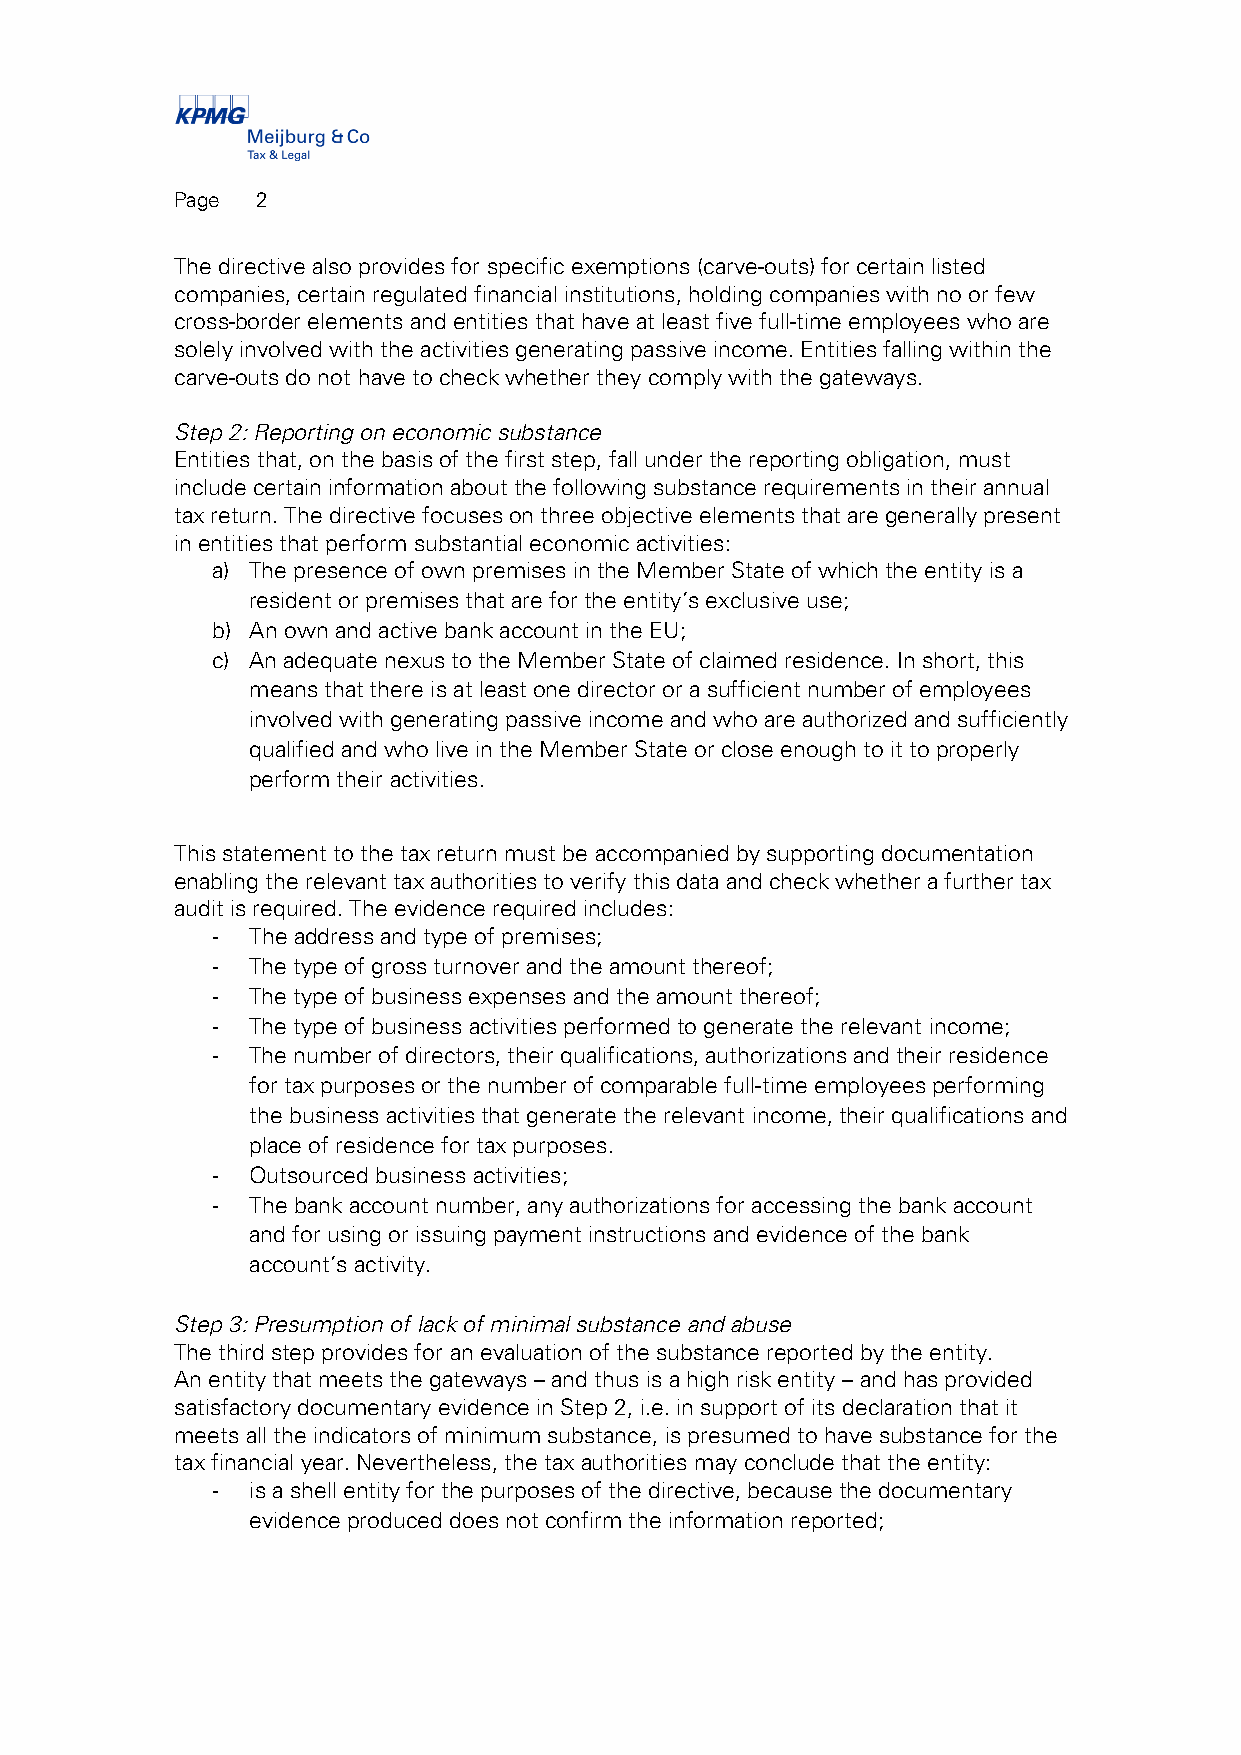
Page 2
 The directive also provides for specific exemptions (carve-outs) for certain listed
 companies, certain regulated financial institutions, holding companies with no or few
 cross-border elements and entities that have at least five full-time employees who are
 solely involved with the activities generating passive income. Entities falling within the
 carve-outs do not have to check whether they comply with the gateways.
 Step 2: Reporting on economic substance
 Entities that, on the basis of the first step, fall under the reporting obligation, must
 include certain information about the following substance requirements in their annual
 tax return. The directive focuses on three objective elements that are generally present
 in entities that perform substantial economic activities:
 a) The presence of own premises in the Member State of which the entity is a
 resident or premises that are for the entity’s exclusive use;
 b) An own and active bank account in the EU;
 c) An adequate nexus to the Member State of claimed residence. In short, this
 means that there is at least one director or a sufficient number of employees
 involved with generating passive income and who are authorized and sufficiently
 qualified and who live in the Member State or close enough to it to properly
 perform their activities.
 This statement to the tax return must be accompanied by supporting documentation
 enabling the relevant tax authorities to verify this data and check whether a further tax
 audit is required. The evidence required includes:
 ‐  The address and type of premises;
 ‐  The type of gross turnover and the amount thereof;
 ‐  The type of business expenses and the amount thereof;
 ‐  The type of business activities performed to generate the relevant income;
 ‐  The number of directors, their qualifications, authorizations and their residence
 for tax purposes or the number of comparable full-time employees performing
 the business activities that generate the relevant income, their qualifications and
 place of residence for tax purposes.
 ‐  Outsourced business activities;
 ‐  The bank account number, any authorizations for accessing the bank account
 and for using or issuing payment instructions and evidence of the bank
 account’s activity.
 Step 3: Presumption of lack of minimal substance and abuse
 The third step provides for an evaluation of the substance reported by the entity.
 An entity that meets the gateways – and thus is a high risk entity – and has provided
 satisfactory documentary evidence in Step 2, i.e. in support of its declaration that it
 meets all the indicators of minimum substance, is presumed to have substance for the
 tax financial year. Nevertheless, the tax authorities may conclude that the entity:
 ‐  is a shell entity for the purposes of the directive, because the documentary
 evidence produced does not confirm the information reported;